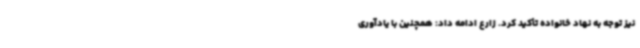
نیز توجه به نهاد خانواده تأکید کرد. زارع ادامه داد: همچنین با یادآوری